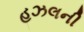
હઝલની